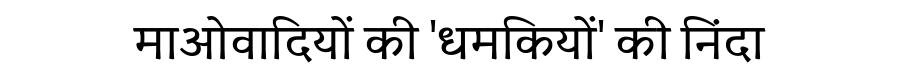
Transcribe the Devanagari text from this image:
माओवादियों की 'धमकियों' की निंदा